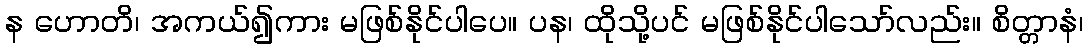
န ဟောတိ၊ အကယ်၍ကား မဖြစ်နိုင်ပါပေ။ ပန၊ ထိုသို့ပင် မဖြစ်နိုင်ပါသော်လည်း။ စိတ္တာနံ၊